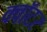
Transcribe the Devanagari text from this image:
क्वॉटर